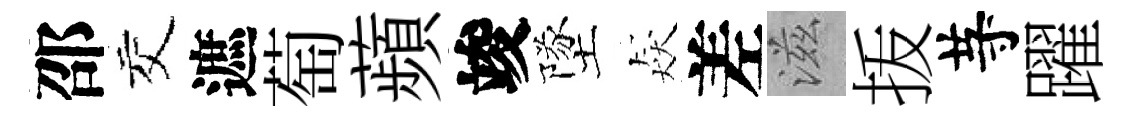
邵交遮萄蘋竣墜猋差滋㧞䒭躍